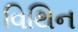
વિથિન